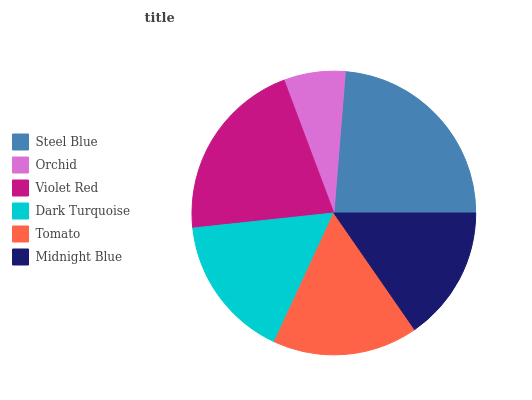
| Steel Blue | Orchid | Violet Red | Dark Turquoise | Tomato | Midnight Blue |
 | --- | --- | --- | --- | --- | --- |
 | 23.7% | 6.99% | 21% | 16.4% | 16.5% | 15.4% |